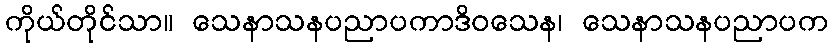
ကိုယ်တိုင်သာ။ သေနာသနပညာပကာဒိဝသေန၊ သေနာသနပညာပက